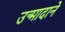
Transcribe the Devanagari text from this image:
उन्मादाने